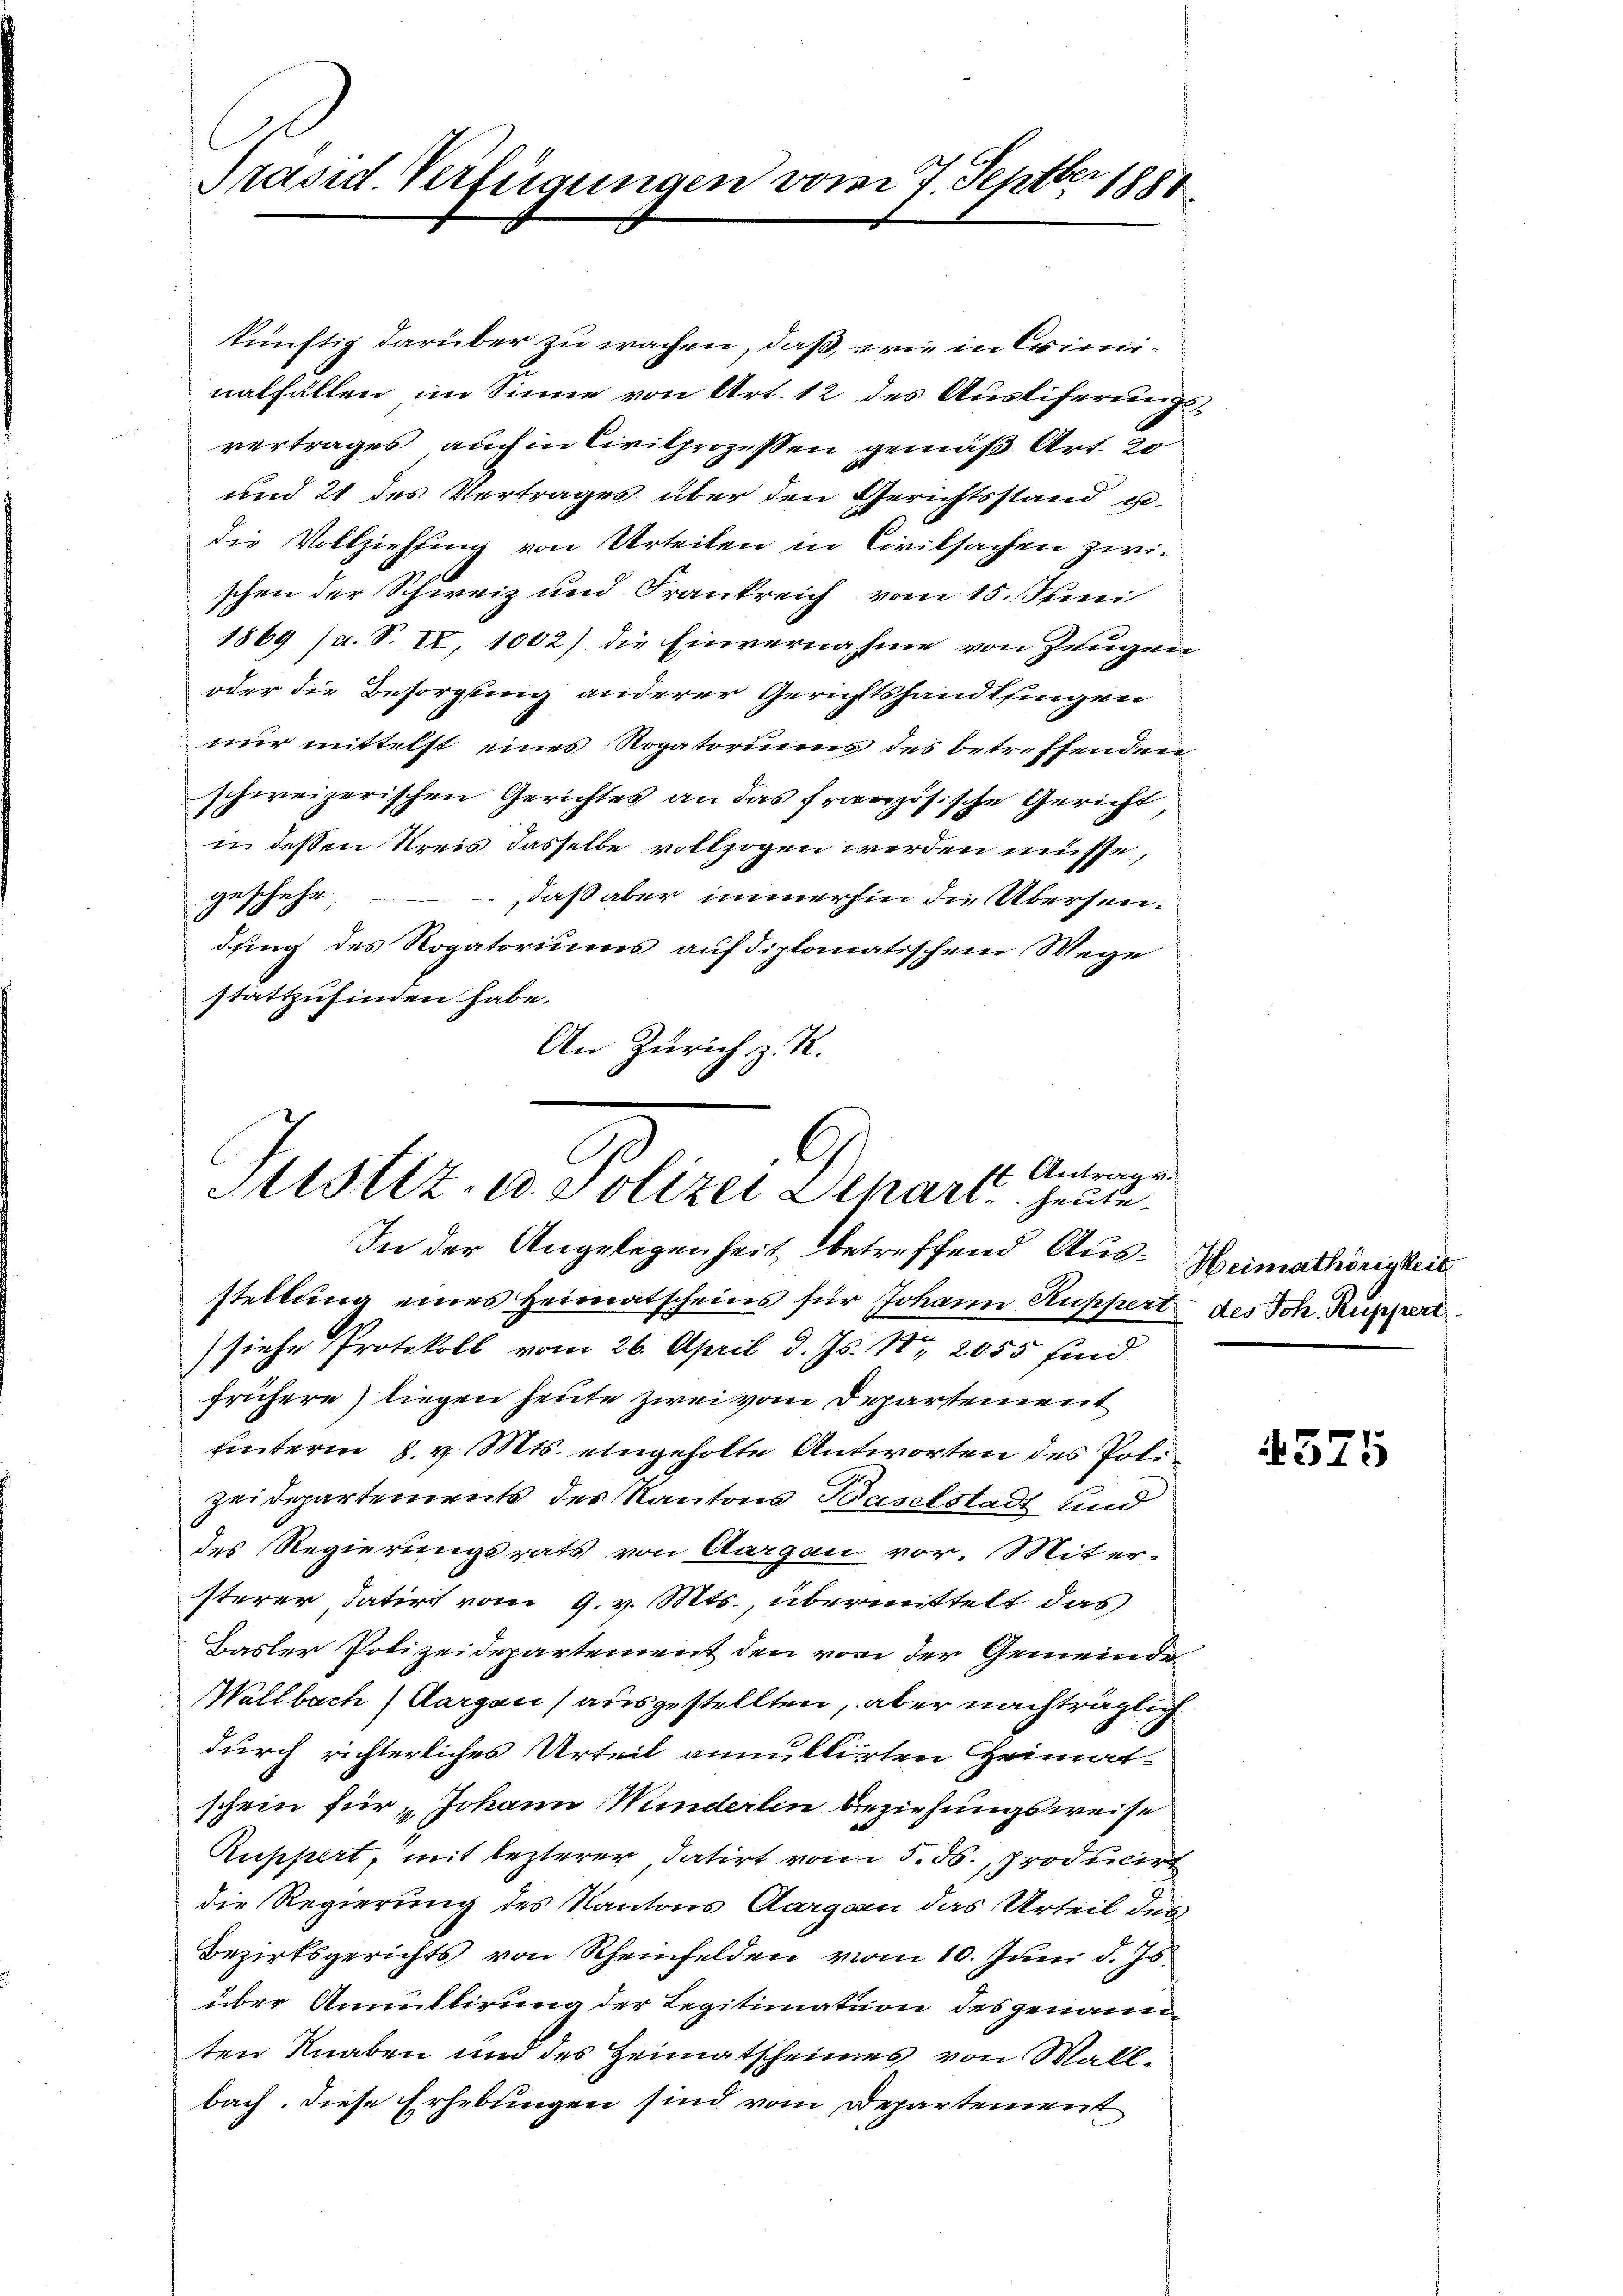
Präsid. Verfügungen vom 7. Septber 1881

künftig darüber zu wachen, daß, wie in Criminalfällen im Sinne von Art. 12 des Ausliferungsvertrages auch in Civilprozessen gemäß Art. 20
und 21 des Vertrages über den Gerichtsstand gedie Vollziehung von Urteilen in Civilsachen zwischen der Schweiz und Frankreich vom 15. Juni
1869 (a. S. II, 1002) die Einvernahme von Zeugen
oder die Besorgung anderer Gerichtshandlungen
nur mittelst eines Rogatoriums des betreffenden
schweizerischen Gerichtes an das französische Gericht
in dessen Kreis dasselbe vollzogen werden müsse,
geschehe;
daß aber immerhin die Übersendung des Rogatoriums auf diplomatischem Wege
stattzufinden habe.
An Zürich z. R.

fs Antrage.
Mtstiz- ed. Polizei Schart - heute.
In der Angelegenheit betreffend Aus¬

stellung eines Heimatscheins für Johann Kuppert des Joh. Ruppert
(siehe Protokoll vom 26. April d. Js. Nr. 2055 find
frühere) liegen heute zwei vom Departement
uinterm 8. v. Mts. eingeholte Antworten des Polizeidepartements des Kantons Baselstadt und
des Regierungsrats von Aargau vor. Miter-
sterer datirt vom 9. v. Mts., übermittelt das
Basler Polizeidepartement den von der Gemeinde
allbach Aargau) ausgestellten, aber nachträglich
durch richterliches Urteil annullirten Heimatschein für „Johann Minderlin beziehungsweise
Ruppert, mit lezterer, datirt vom 5. ds. producirt
die Regierung des Kantons Aargau das Urteil des
Bezirksgerichts von Rheinfelden vom 10. Juni d. Js.
über Annullirung der Legitimation des genannten Knaben und des Heimatscheines von Wallbach. Diese Erhebungen sind vom Departement

Heimathörigkeit

4575